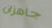
جاهزان